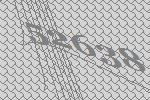
52638